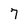
Character: 7